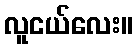
လူငယ်လေး။